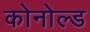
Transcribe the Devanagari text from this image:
कोनोल्ड